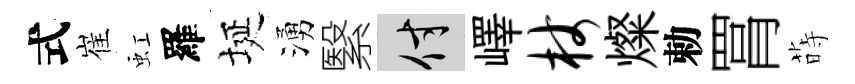
式崔虹羅埏湧繄付嶧杖燦勅罥蒔